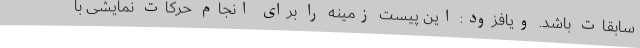
سابقات باشد. ویافزود: این پیست زمینه را برای انجام حرکات نمایشی با